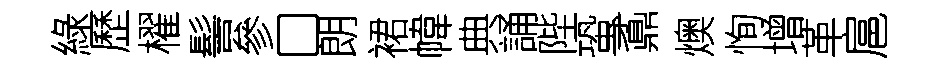
綠歷櫂髻參□朗裙幃典誦陛蛩鼒燠恂增革扈